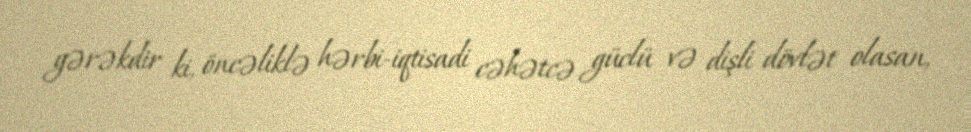
gərəkdir ki, öncəliklə hərbi-iqtisadi cəhətcə güclü və dişli dövlət olasan,